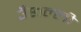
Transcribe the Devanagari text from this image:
उँछल्ली